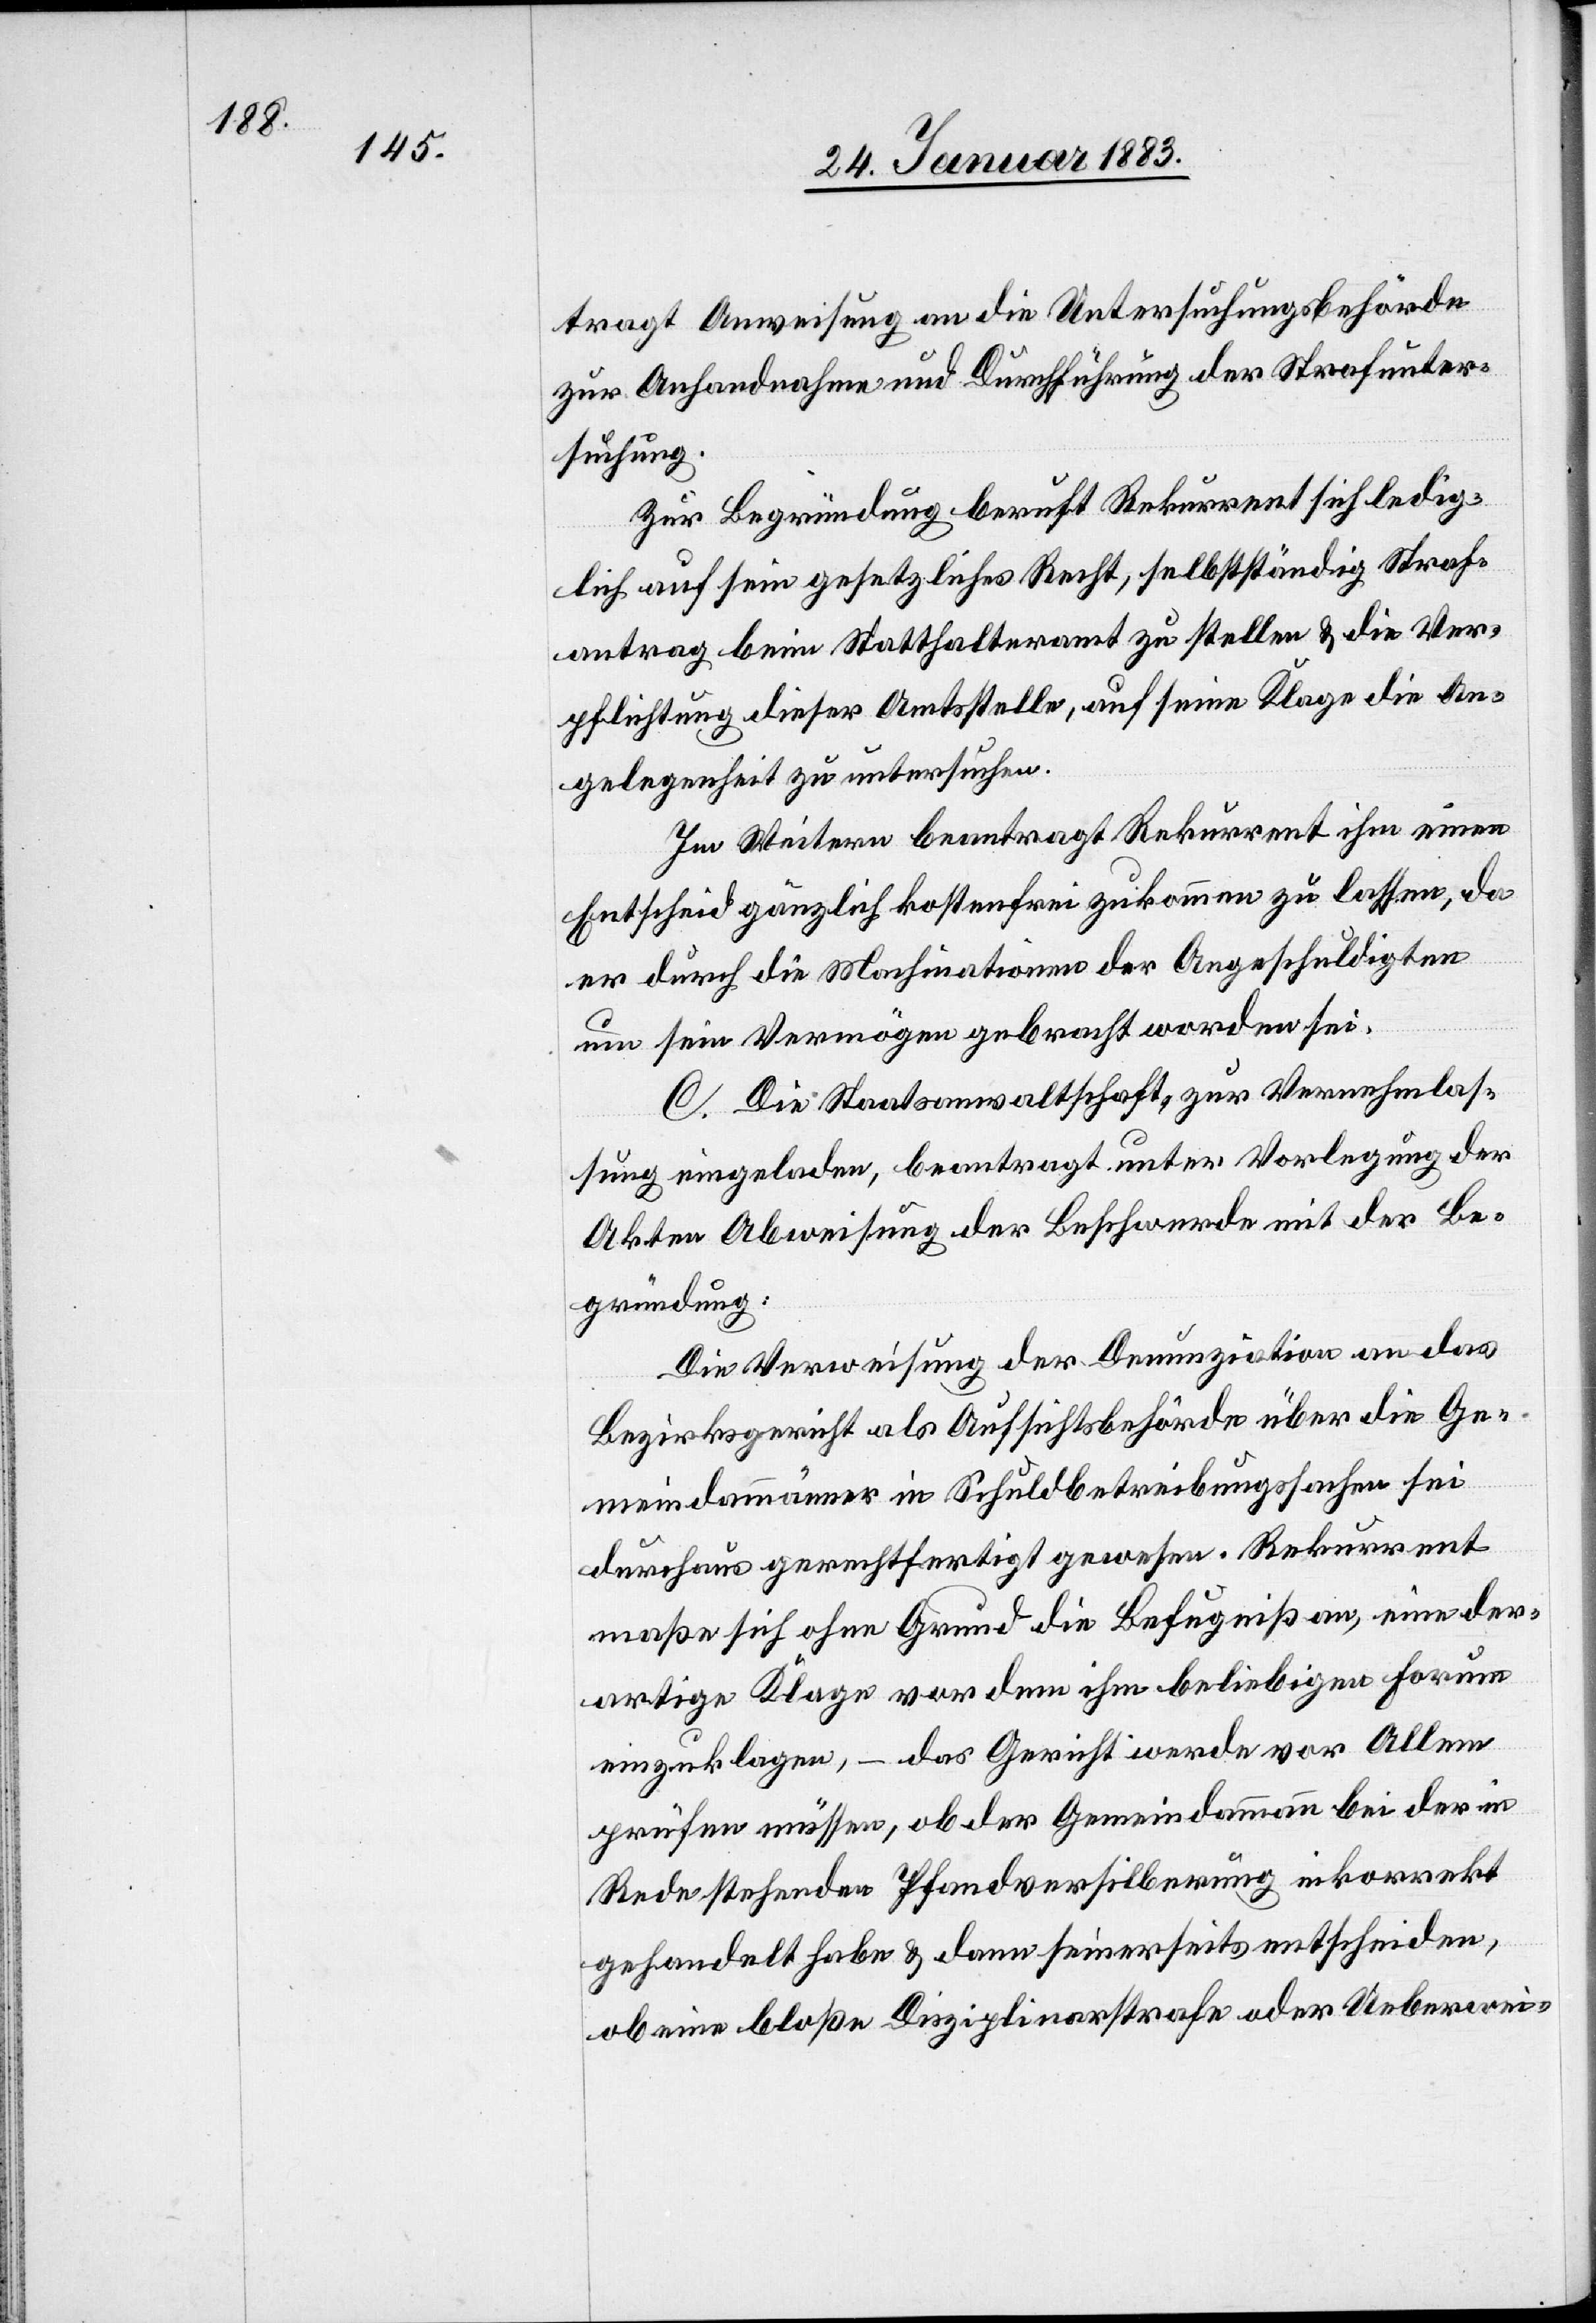
tragt Anweisung an die Untersuchungsbehörde
zur Anhandnahme und Durchführung der Strafunter¬
suchung.
Zur Begründung beruft Rekurrent sich ledig¬
lich auf sein gesetzliches Recht, selbstständig Straf¬
antrag beim Statthalteramt zu stellen & die Ver¬
pflichtung dieser Amtsstelle, auf seine Klage die An¬
gelegenheit zu untersuchen.
Im Weitern beantragt Rekurrent ihm einen
Entscheid gänzlich kostenlos zukommen zu lassen, da
er durch die Machinationen der Angeschuldigten
um sein Vermögen gebracht worden sei.
C. Die Staatsanwaltschaft, zur Vernehmlas¬
sung eingeladen, beantragt unter Vorlegung der
Akten Abweisung der Beschwerde mit der Be¬
gründung:
Die Verweisung der Denunziation an das
Bezirksgericht als Aufsichtsbehörde über die Ge¬
meindammänner in Schuldbetreibungssachen sei
durchaus gerechtfertigt gewesen. Rekurrent
maße sich ohne Grund die Befugniß an, eine der¬
artige Klage vor dem ihm beliebigen Forum
einzuklagen, – das Gericht werde vor Allem
prüfen müssen, ob der Gemeindammann bei der in
Rede stehenden Pfandversilberung inkorrekt
gehandelt habe & dann seinerseits entscheiden,
ob eine bloße Disziplinarstrafe oder Ueberwei-